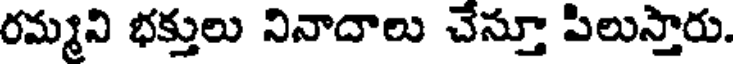
రమ్మని భక్తులు నినాదాలు చేస్తూ పిలుస్తారు.